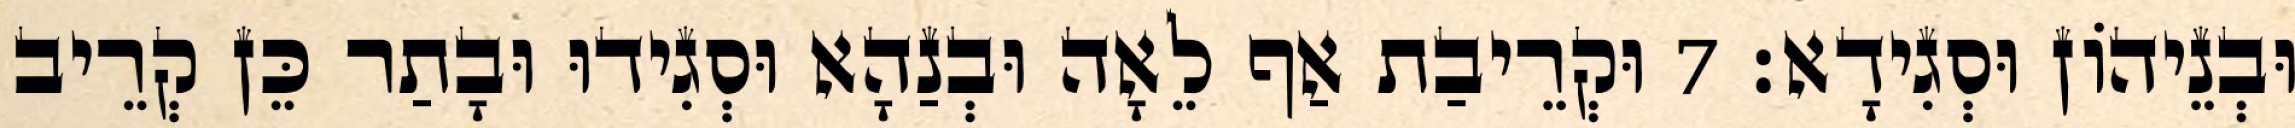
וּבְנֵיהוֹן וּסְגִידָא׃ 7 וּקְרֵיבַת אַף לֵאָה וּבְנַהָא וּסְגִידוּ וּבָתַר כֵּן קְרֵיב